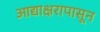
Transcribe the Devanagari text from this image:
आद्याक्षरापासून